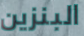
البنزين